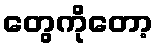
တွေကိုတော့